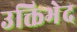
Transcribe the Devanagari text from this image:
उक्तिभेद